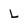
Character: L